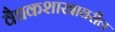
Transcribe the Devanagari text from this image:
वैद्यकशास्त्रावरील